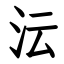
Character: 沄